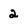
Character: 2